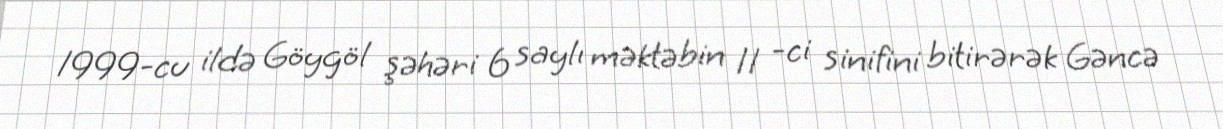
1999-cu ildə Göygöl şəhəri 6 saylı məktəbin 11 -ci sinifini bitirərək Gəncə